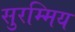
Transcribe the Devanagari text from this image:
सुरम्मिय